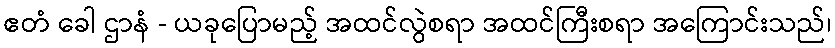
ဧတံ ခေါ ဌာနံ - ယခုပြောမည့် အထင်လွဲစရာ အထင်ကြီးစရာ အကြောင်းသည်၊